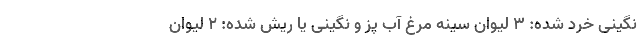
نگینی خرد شده: ۳ لیوان سینه مرغ آب پز و نگینی یا ریش شده: ۲ لیوان